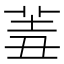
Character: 𦍮